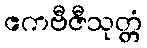
ဧကဗီဇီသုတ္တံ